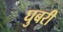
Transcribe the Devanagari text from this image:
घुबरी